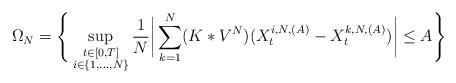
LaTeX: \begin{align*}\Omega_{N} = \Bigg\{ \sup_{\substack{t\in [0,T] \\ i\in \{1,\dots,N\}}} \frac{1}{N}\bigg| \sum_{k=1}^{N} (K \ast V^{N})(X_{t}^{i,N,(A)} - X_{t}^{k,N,(A)})\bigg| \leq A\Bigg\} \end{align*}